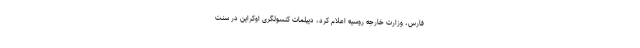
فارس، وزارت خارجه روسیه اعلام کرد، دیپلمات کنسولگری اوکراین در سنت